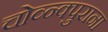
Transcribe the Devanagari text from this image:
चोव्न्क्पुराना